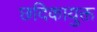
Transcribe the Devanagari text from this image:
छदिकायुक्त